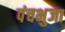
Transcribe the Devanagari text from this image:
पंचभुजा